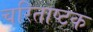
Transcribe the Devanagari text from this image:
चरिताष्टक